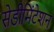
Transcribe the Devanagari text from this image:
सेडीमिंटेशन